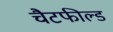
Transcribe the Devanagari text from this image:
चैटफील्ड